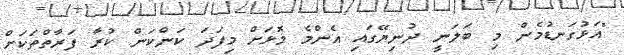
"އަޅުގަނޑުމެން މި ބަލަނީ ދުނިޔޭގައި އެންމެ މޮޅަށް މިފަދަ ކަންކަން ކުރާ ފަރާތްތަކަށް